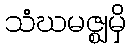
သံဃမဇ္ဈမှိ